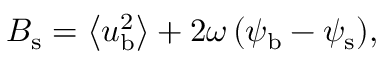
{ B } _ { \mathrm { s } } = \left< { u } _ { \mathrm { b } } ^ { 2 } \right> + 2 \omega \, ( { \psi } _ { \mathrm { b } } - { \psi } _ { \mathrm { s } } ) ,